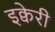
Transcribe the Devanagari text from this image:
इक्वेरी